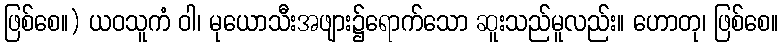
ဖြစ်စေ။) ယဝသူကံ ဝါ၊ မုယောသီးအဖျား၌ရောက်သော ဆူးသည်မူလည်း။ ဟောတု၊ ဖြစ်စေ။